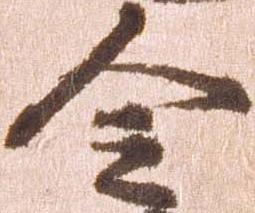
令